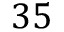
3 5